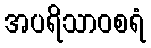
အပရိသာဝစရံ